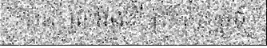
រាជ្យ ព្រះអង្គ គឺ ព្រះតំរិះ ផ្តួច